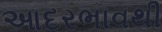
આદરભાવથી